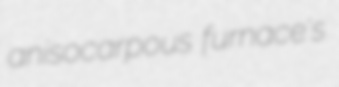
anisocarpous furnace's